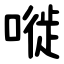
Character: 嘥